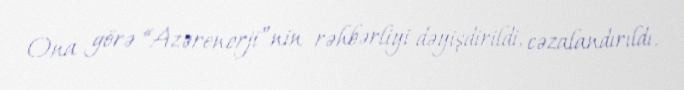
Ona görə “Azərenerji”nin rəhbərliyi dəyişdirildi, cəzalandırıldı.